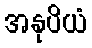
အနုပိယံ